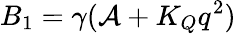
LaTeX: B_{1}=\gamma(\mathcal{A}+K_{Q}q^{2})